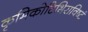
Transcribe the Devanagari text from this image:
कृमिकोटिभिराविष्टं